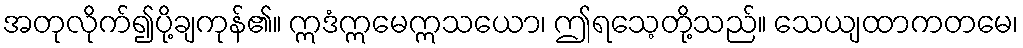
အတုလိုက်၍ပို့ချကုန်၏။ ဣဒံဣမေဣသယော၊ ဤရသေ့တို့သည်။ သေယျထာကတမေ၊